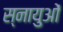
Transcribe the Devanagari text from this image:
स्‍नायुओं